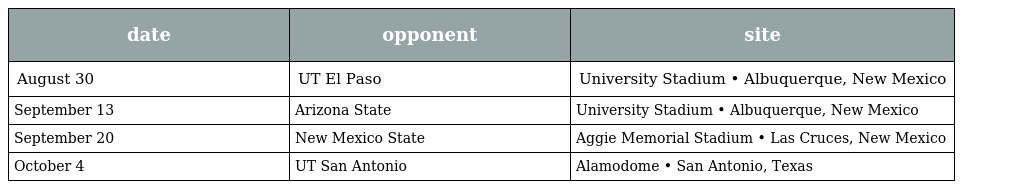
| date | opponent | site |
 | --- | --- | --- |
 | August 30 | UT El Paso | University Stadium • Albuquerque, New Mexico |
 | September 13 | Arizona State | University Stadium • Albuquerque, New Mexico |
 | September 20 | New Mexico State | Aggie Memorial Stadium • Las Cruces, New Mexico |
 | October 4 | UT San Antonio | Alamodome • San Antonio, Texas |